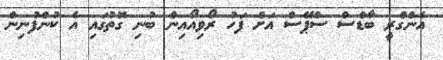
އެންގްރީ ބާޑްސް ސްޕޭސް އަށް ފަހު ރޯވިއޯއިން ބުނި ގޮތުގައި އެ ކުންފުނިން